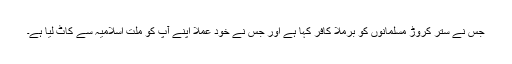
جس نے ستر کروڑ مسلمانوں کو برملا کافر کہا ہے اور جس نے خود عملاً اپنے آپ کو ملت اسلامیہ سے کاٹ لیا ہے۔